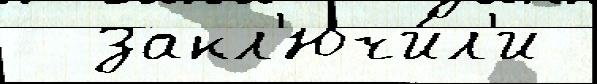
  закл'ючи́л'и